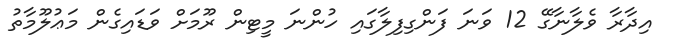
އިދާރާ ވެލާނާގޭ 12 ވަނަ ފަންގިފިލާގައި ހުންނަ މީޓިން ރޫމަށް ވަޑައިގެން މަޢުލޫމާތު